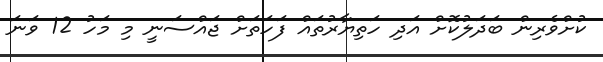
ކުށްވެރިން ބަދަލުކޮށް އަދި ހަތިޔާރުތައް ފަހަތަށް ޖައްސަނީ މި މަހު 12 ވަނަ